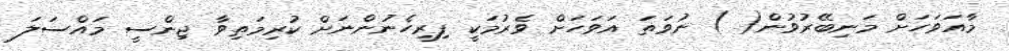
މާއަވަހަށް މަނިބޭރުވުން( ) ނުވަތަ އަވަހަށް ވެރުމަކީ ފިރިހެނުންނަށް ކުރިމަތިވާ ޖިންސީ މައްސަލަ